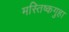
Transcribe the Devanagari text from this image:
मस्तिष्कगुहा